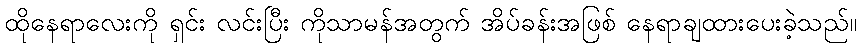
ထိုနေရာလေးကို ရှင်း လင်းပြီး ကိုသာမန်အတွက် အိပ်ခန်းအဖြစ် နေရာချထားပေးခဲ့သည်။